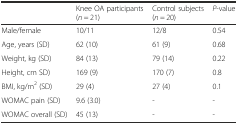
<table><thead><tr><td></td><td><b>Knee OA participants (<i>n</i> = 21)</b></td><td><b>Control subjects (<i>n</i> = 20)</b></td><td><b><i>P</i>-value</b></td></tr></thead><tbody><tr><td>Male/female</td><td>10/11</td><td>12/8</td><td>0.54</td></tr><tr><td>Age, years (SD)</td><td>62 (10)</td><td>61 (9)</td><td>0.68</td></tr><tr><td>Weight, kg (SD)</td><td>84 (13)</td><td>79 (14)</td><td>0.22</td></tr><tr><td>Height, cm SD)</td><td>169 (9)</td><td>170 (7)</td><td>0.8</td></tr><tr><td>BMI, kg/m<sup>2</sup> (SD)</td><td>29 (4)</td><td>27 (4)</td><td>0.1</td></tr><tr><td>WOMAC pain (SD)</td><td>9.6 (3.0)</td><td>-</td><td>-</td></tr><tr><td>WOMAC overall (SD)</td><td>45 (13)</td><td>-</td><td>-</td></tr></tbody></table>